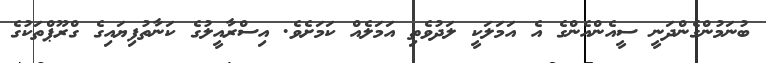
ބުނަމުންގެންދަނީ ސީއެންއެންގެ އެ އަމަލަކީ ލަދުވެތި އަމަލެއް ކަމަށެވެ. އިސްރާއީލުގެ ކަނާތުފިޔައިގެ ގްރޫޕްތަކުގެ